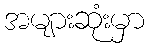
အများဆုံးမှာ